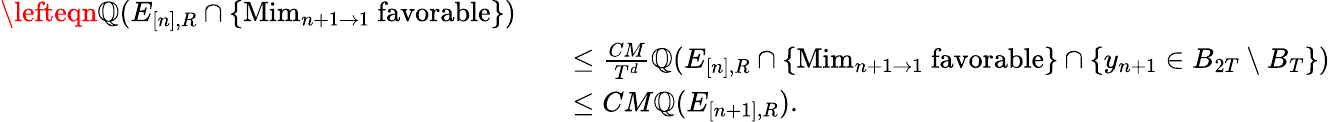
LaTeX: \begin{array}{rl}{\lefteqn{\mathbb Q(E_{[n],R}\cap\{ \mathrm{Mim}_{n+1\to 1}\mathrm{~favorable}\} )}\quad}&{}\\ &{\leq\frac{CM}{T^{d}}\mathbb Q(E_{[n],R}\cap\{ \mathrm{Mim}_{n+1\to 1}\mathrm{~favorable}\} \cap\{ y_{n+1}\in B_{2T}\setminus B_{T}\} )}\\ &{\leq CM\mathbb Q(E_{[n+1],R}).}\end{array}